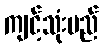
ကျင့်သုံးမည်